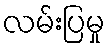
လမ်းပြမှု